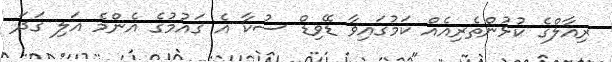
ރިއާލްގެ ކުޅުންތެރިއެއް ކަމުގައިވާ ޑޭވިޑް ސުކާ އެ ގައުމުގެ އެންމެ އަލި ގަދަ